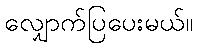
လျှောက်ပြပေးမယ်။